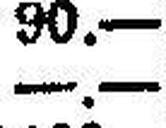
—.—